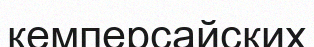
кемперсайских